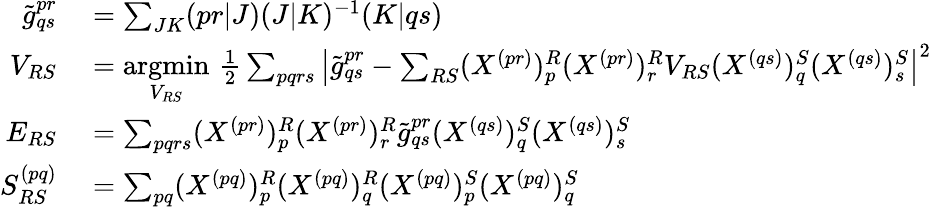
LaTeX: \begin{array}{rl}{\tilde{g}_{qs}^{pr}}&{{}=\sum_{JK}(pr|J)(J|K)^{-1}(K|qs)}\\ {V_{RS}}&{{}=\underset{V_{RS}}{\operatorname{argmin}}\, \frac{1}{2}\sum_{pqrs}\left|\tilde{g}_{qs}^{pr}-\sum_{RS}(X^{(pr)})_{p}^{R}(X^{(pr)})_{r}^{R}V_{RS}(X^{(qs)})_{q}^{S}(X^{(qs)})_{s}^{S}\right|^{2}}\\ {E_{RS}}&{{}=\sum_{pqrs}(X^{(pr)})_{p}^{R}(X^{(pr)})_{r}^{R}\tilde{g}_{qs}^{pr}(X^{(qs)})_{q}^{S}(X^{(qs)})_{s}^{S}}\\ {S_{RS}^{(pq)}}&{{}=\sum_{pq}(X^{(pq)})_{p}^{R}(X^{(pq)})_{q}^{R}(X^{(pq)})_{p}^{S}(X^{(pq)})_{q}^{S}}\end{array}